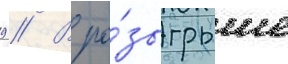
9 // В ро́зыгрыше